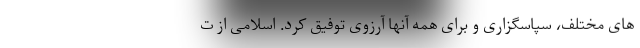
های مختلف، سپاسگزاری و برای همه آنها آرزوی توفیق کرد. اسلامی از ت